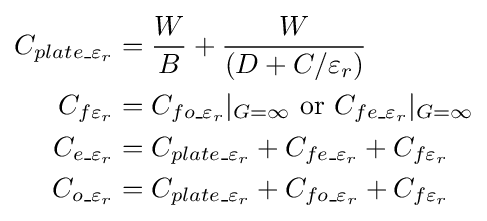
{\begin{aligned}C_{plate\_\varepsilon _{r}}&={\frac {W}{B}}+{\frac {W}{(D+C/\varepsilon _{r})}}\\C_{f\varepsilon _{r}}&=C_{fo\_\varepsilon _{r}}|_{G=\infty }{\text{ or }}C_{fe\_\varepsilon _{r}}|_{G=\infty }\\C_{e\_\varepsilon _{r}}&=C_{plate\_\varepsilon _{r}}+C_{fe\_\varepsilon _{r}}+C_{f\varepsilon _{r}}\\C_{o\_\varepsilon _{r}}&=C_{plate\_\varepsilon _{r}}+C_{fo\_\varepsilon _{r}}+C_{f\varepsilon _{r}}\\\end{aligned}}